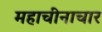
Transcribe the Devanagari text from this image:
महाचीनाचार